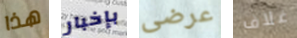
هذا بإخبار عرضى غلاف